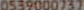
0539000737